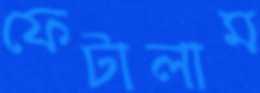
ফেটালাম